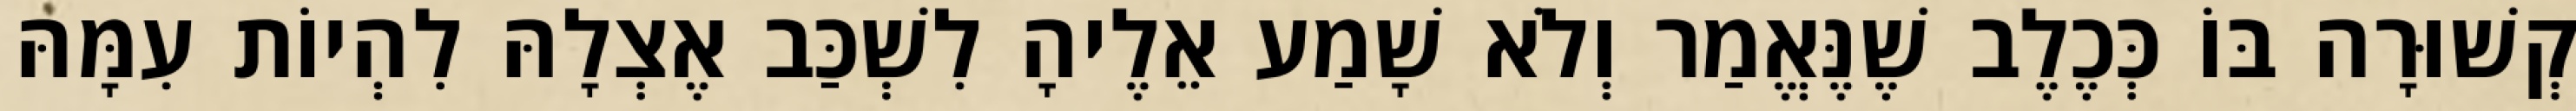
קְשׁוּרָה בּוֹ כְּכֶלֶב שֶׁנֶּאֱמַר וְלֹא שָׁמַע אֵלֶיהָ לִשְׁכַּב אֶצְלָהּ לִהְיוֹת עִמָּהּ